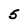
Character: 5